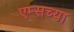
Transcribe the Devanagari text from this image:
एम्सच्या